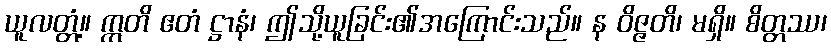
ယူလတ္တံ့။ ဣတိ ဧတံ ဋ္ဌာနံ၊ ဤသို့ယူခြင်း၏အကြောင်းသည်။ န ဝိဇ္ဇတိ၊ မရှိ။ စိတ္တဿ၊